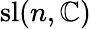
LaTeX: \mathrm{sl}(n,\mathbb{C})